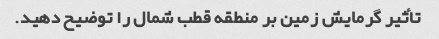
تأثیر گرمایش زمین بر منطقه قطب شمال را توضیح دهید.